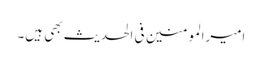
امیرالمومنین فی الحدیث بھی ہیں۔